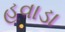
હવાડા